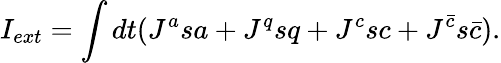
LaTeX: I_{ext}=\int dt(J^{a}sa+J^{q}sq+J^{c}sc+J^{{\bar{c}}}s{\bar{c}}).